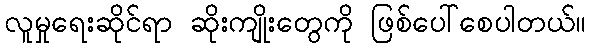
လူမှုရေးဆိုင်ရာ ဆိုးကျိုးတွေကို ဖြစ်ပေါ်စေပါတယ်။